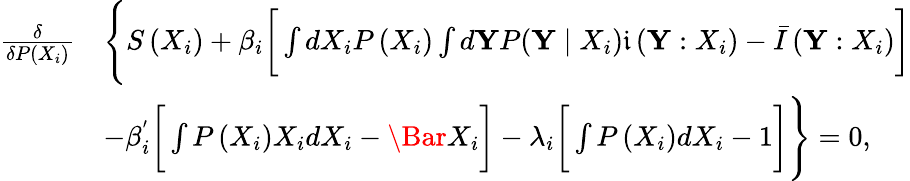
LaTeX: \begin{array}{rl}{\frac{\delta}{\delta P\left({X}_{i}\right)}}&{\Bigg\{ S\left({X}_{i}\right)+\beta_{i}\bigg[\int dX_{i}P\left({X}_{i}\right)\int d{\mathbf{Y}}P(\mathbf{Y}\mid{X}_{i})\mathfrak{i}\left({\mathbf{Y}}:{X}_{i}\right)-\bar{I}\left(\mathbf{Y}:{X}_{i}\right)\bigg]}\\ &{-\beta_{i}^{'}\bigg[\int P\left({X}_{i}\right){X}_{i}dX_{i}-\Bar{X_{i}}\bigg]-\lambda_{i}\bigg[\int P\left({X}_{i}\right)dX_{i}-1\bigg]\Bigg\} =0,}\end{array}